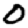
Digit: 0